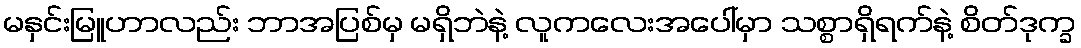
မနှင်းမြူဟာလည်း ဘာအပြစ်မှ မရှိဘဲနဲ့ လူကလေးအပေါ်မှာ သစ္စာရှိရက်နဲ့ စိတ်ဒုက္ခ